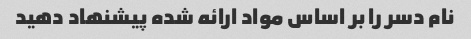
نام دسر را بر اساس مواد ارائه شده پیشنهاد دهید